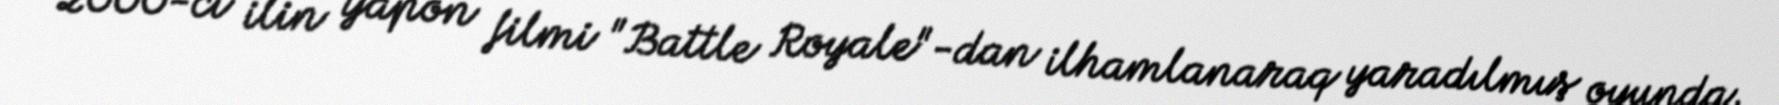
2000-ci ilin yapon filmi "Battle Royale"-dan ilhamlanaraq yaradılmış oyunda,